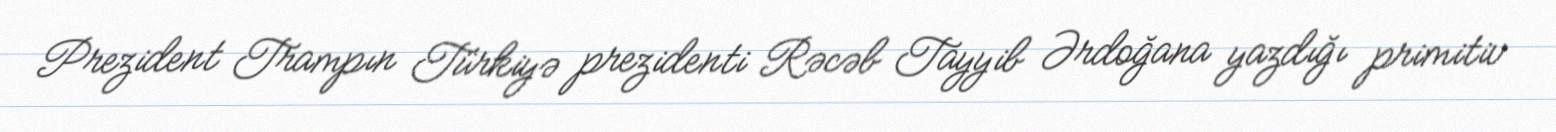
Prezident Trampın Türkiyə prezidenti Rəcəb Tayyib Ərdoğana yazdığı primitiv